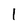
Character: l